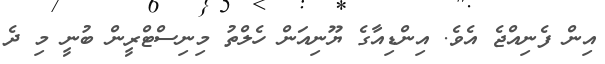
އިން ފެނިއްޖެ އެވެ. އިންޑިއާގެ ޔޫނިއަން ހެލްތު މިނިސްޓްރީން ބުނީ މި ދެ